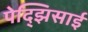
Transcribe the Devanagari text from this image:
पेद्झिसाई